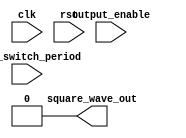
module tone_generator (
    input output_enable,
    input [23:0] tone_switch_period,
    input clk,
    input rst,
    output square_wave_out
);
  // YOUR CODE FROM LAB3 HERE.
  assign square_wave_out = 1'b0;
endmodule